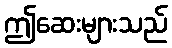
ဤဆေးများသည်